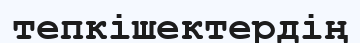
тепкішектердің